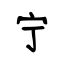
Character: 宁